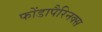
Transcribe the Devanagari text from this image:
फोंडापैरिनक्स